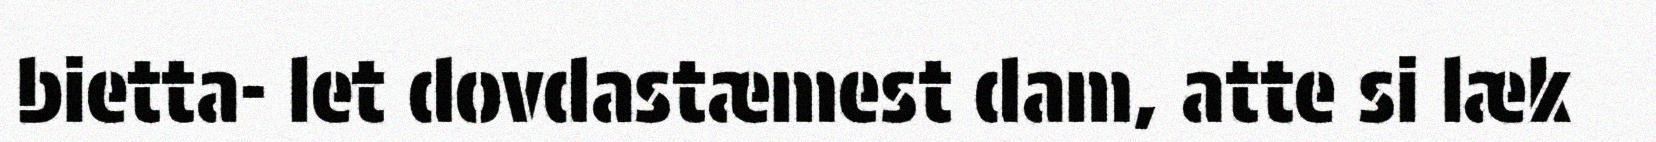
bietta- let dovdastæmest dam, atte si læk